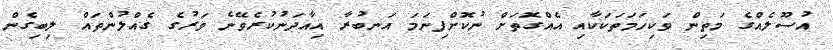
އުސޫލެއްގެ މަތިން ވަކިހަމަތަކަކާއި އެއްގޮތަށް ނުކޮށްފިނަމަ އަނބުރާ އިއާދަނުކުރެވޭނެ ވަރުގެ ގެއްލުންތައް ލިބިގެން